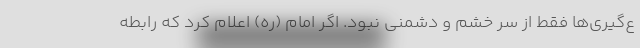
ع‌گیری‌ها فقط از سر خشم و دشمنی نبود. اگر امام (ره) اعلام کرد که رابطه